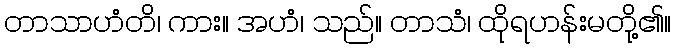
တာသာဟံတိ၊ ကား။ အဟံ၊ သည်။ တာသံ၊ ထိုရဟန်းမတို့၏။